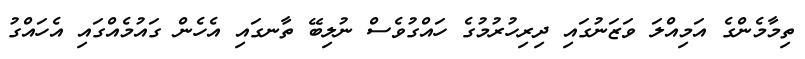
ތިމާމެންގެ އަމިއްލަ ވަޒަނުގައި ދިރިހުރުމުގެ ހައްގުވެސް ނުލިބޭ ތާނގައި އެހެން ގައުމެއްގައި އެހައްގު